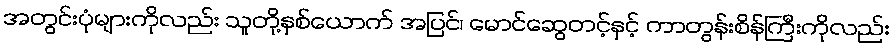
အတွင်းပုံများကိုလည်း သူတို့နှစ်ယောက် အပြင်၊ မောင်ဆွေတင့်နှင့် ကာတွန်းစိန်ကြီးကိုလည်း